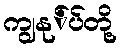
ကျွနု်ပ်တို့